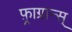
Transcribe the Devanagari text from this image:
फ़्राग्रान्स्